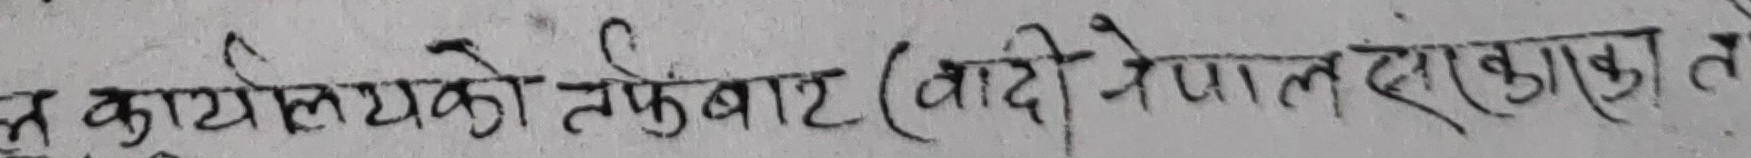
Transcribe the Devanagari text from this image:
ल कार्यालयको तर्फबाट (बादी नेपाल दाकाएका त